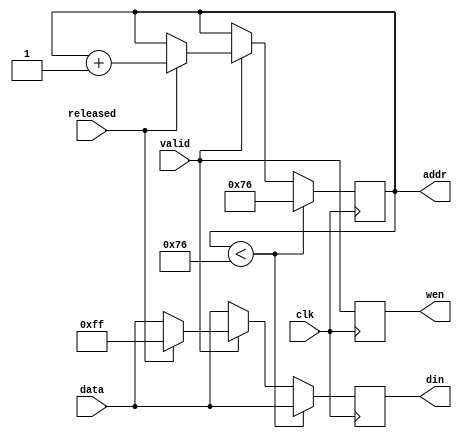
`timescale 1ns / 1ps
//////////////////////////////////////////////////////////////////////////////////
// Company: 
// Engineer: 
// 
// Design Name: 
// Module Name:    kbd_to_ram 
// Project Name: 
// Target Devices: 
// Tool versions: 
// Description: 
//
// Dependencies: 
//
// Revision: 
// Revision 0.01 - File Created
// Additional Comments: 
//
//////////////////////////////////////////////////////////////////////////////////
module kbd_to_ram(clk, data, valid, released, din ,addr ,wen);
    input clk;
	 input [7:0] data;
    input valid;
    input released;
    output [10:0] addr;
	 output [7:0] din;
	 output wen;

	reg [10:0] addr=0;
	reg [2:0] state;
	reg [7:0] din;
	reg wen;
	
	always @(posedge clk)
		begin
		din<=data;
		wen<=valid;
		
		if(addr<118) addr<=118;
		else
		if (valid==1) 
			if (released==0)
					begin
					din<=data;
					//addr<=addr+1;
					end
			else
				begin
				din<=8'hFF;
				addr<=addr+1;
				end
				
		end	
		
	/*always @(posedge clk)
		
		case (state)
			0 : begin
					wen<=0;
					if (addr<118) addr<=118;
					else
					if ((valid==1) && (released==0) )
							begin
							addr<=addr+1;
							din<=data;
							state<=1;
							wen<=1;
							end		
				end
				
			1 : begin
					wen<=1;
					state<=2;
				end
			
			2 : begin
					addr<=addr+1;
					din<=8'hFF;
					wen<=1;
					state<=3;
					end
				
			3 : begin
				wen<=1;
				state<=4;
				end
				
			4 : begin
				wen<=0;
				state<=0;
				addr<=addr-1;
				end
				
			default state<=0;
			
		endcase*/
				
			
	
endmodule